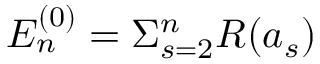
E _ { n } ^ { ( 0 ) } = \Sigma _ { s = 2 } ^ { n } R ( a _ { s } )